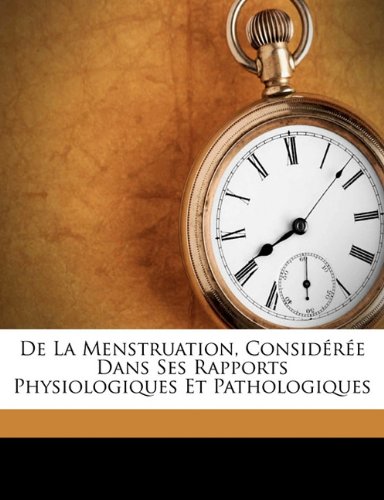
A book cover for De la menstruation, considÃ©rÃ©e dans ses rapports physiologiques et pathologiques (French Edition); Health, Fitness & Dieting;